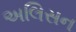
અલિસન